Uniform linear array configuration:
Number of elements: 64
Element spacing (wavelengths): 0.75
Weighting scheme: cosine
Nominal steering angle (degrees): -45
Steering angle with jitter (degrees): -43.862
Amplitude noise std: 0.05
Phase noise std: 0.05

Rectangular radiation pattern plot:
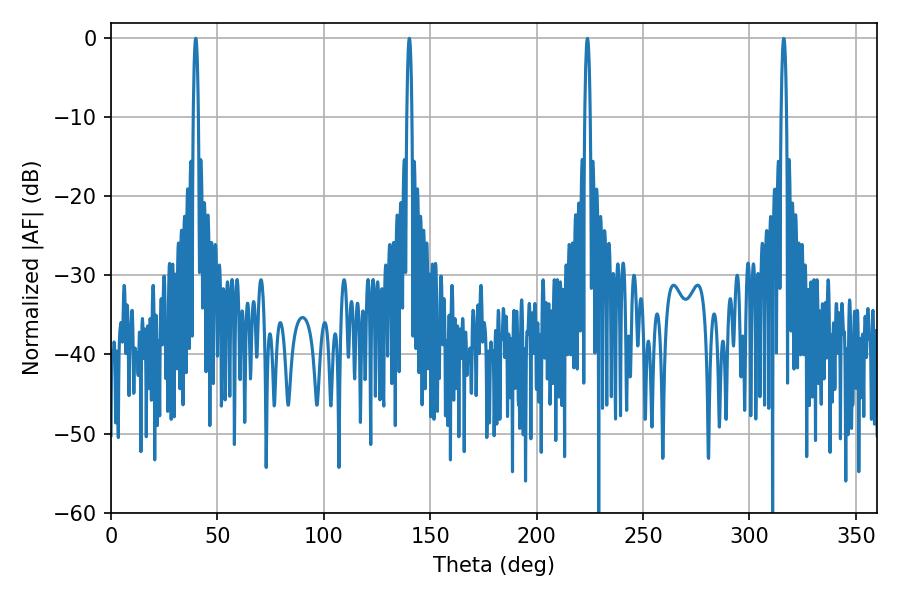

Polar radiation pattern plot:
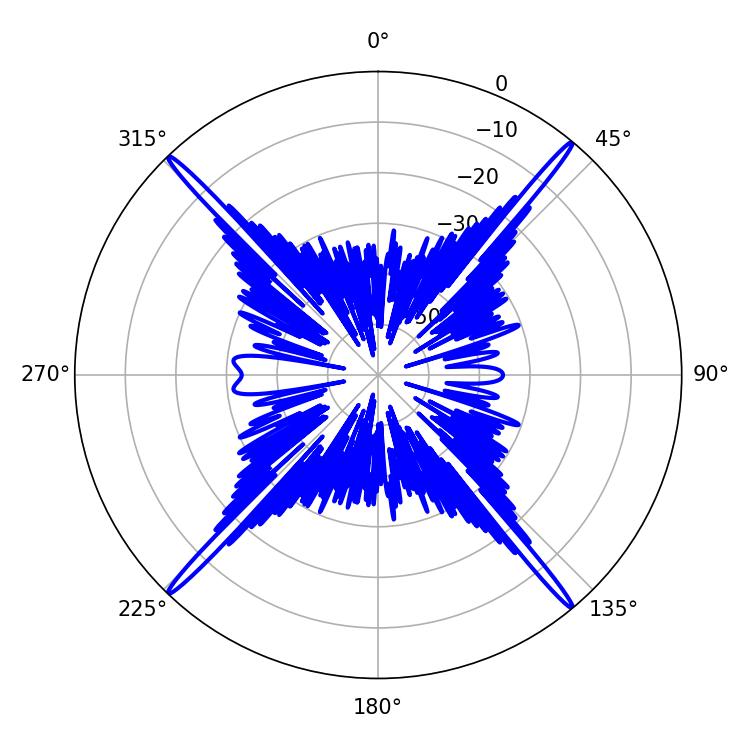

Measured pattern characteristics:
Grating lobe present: TRUE
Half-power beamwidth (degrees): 1.26
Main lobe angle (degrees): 39.78